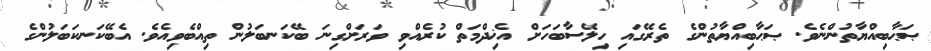
ޞަޙާބިއްޔާތުންނެވެ. ޞަޙާބިއްޔާތުންގެ ތެރޭގައި ހިލޭސާބަހަށް އެޚިދްމަތް ކުރެއްވި ވަރަށްގިނަ ބޭކަނބަލުން ތިއްބެވިއެވެ. އެބޭކަނކަބަލުންގެ